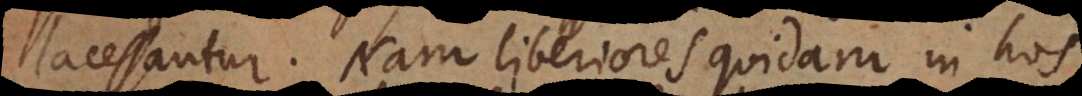
lacessantur. Nam liberiores quidam in hos